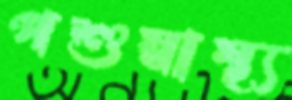
পশুস্বাস্থ্য